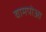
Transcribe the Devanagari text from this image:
वामपोआ